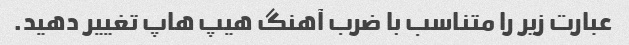
عبارت زیر را متناسب با ضرب آهنگ هیپ هاپ تغییر دهید.